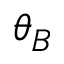
\theta _ { B }